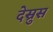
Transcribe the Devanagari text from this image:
देस्रुस